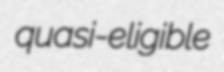
quasi-eligible